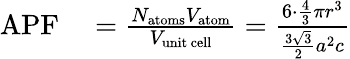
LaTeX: \begin{array}{rl}{\mathrm{APF}}&{{}={\frac{N_{\mathrm{atoms}}V_{\mathrm{atom}}}{V_{\mathrm{unit~cell}}}}={\frac{6\cdot{\frac{4}{3}}\pi r^{3}}{{\frac{3{\sqrt{3}}}{2}}a^{2}c}}}\end{array}